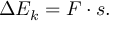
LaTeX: \Delta E _ { k } = F \cdot s .